Malaria in the Punjab - Number 46
Disease focus: Malaria
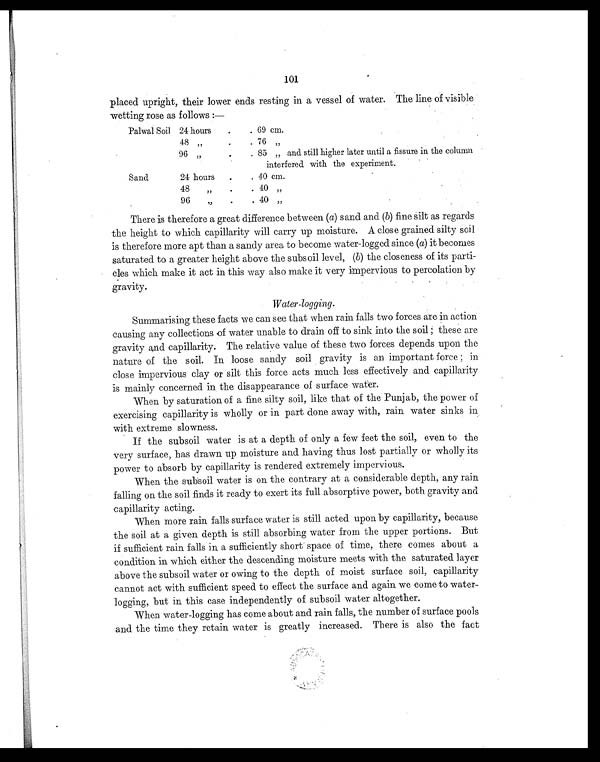
101
placed upright, their lower ends resting in a vessel of water. The line of visible
wetting rose as follows :—
Palwal Soil 24 hours
. .
69 cm.
48 „
.
.
76 „
96 „
.
.
85 „ and still higher later until a fissure in the column
interfered with the experiment.
Sand
24 hours
,
, . .
40 cm.
48 ,,
.
.
40 „
96 ,,
.
.
4 0
„
There is therefore a great difference between ( a) sand and (b) fine silt as regards
the height to which capillarity will carry up moisture. A close grained silty soil
is therefore more apt than a sandy area to become water-logged since ( a) it becomes
saturated to a greater height above the subsoil level, ( b) the closeness of its parti-
cles which make it act in this way also make it very impervious to percolation by
gravity.
Water-logging.
Summarising these facts we can see that when rain falls two forces are in action
causing any collections of water unable to drain off to sink into the soil ; these are
gravity and capillarity. The relative value of these two forces depends upon the
nature of the soil. In loose sandy soil gravity is an important force ; in
close impervious clay or silt this force acts much less effectively and capillarity
is mainly concerned in the disappearance of surface water.
When by saturation of a fine silty soil, like that of the Punjab, the power of
exercising capillarity is wholly or in part done away with, rain water sinks in
with extreme slowness.
If the subsoil water is at a depth of only a few feet the soil, even to the
very surface, has drawn up moisture and having thus lost partially or wholly its
power to absorb by capillarity is rendered extremely impervious.
When the subsoil water is on the contrary at a considerable depth, any rain
falling on the soil finds it ready to exert its full absorptive power, both gravity and
capillarity acting.
When more rain falls surface water is still acted upon by capillarity, because
the soil at a given depth is still absorbing water from the upper portions. But
if sufficient rain falls in a sufficiently short space of time, there comes about a
condition in which either the descending moisture meets with the saturated layer
above the subsoil water or owing to the depth of moist surface soil, capillarity
cannot act with sufficient speed to effect the surface and again we come to water-
logging, but in this case independently of subsoil water altogether.
When water-logging has come about and rain falls, the number of surface pools
and the time they retain water is greatly increased. There is also the fact